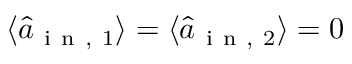
\langle \hat { a } _ { \mathrm { ~ i ~ n ~ , ~ } 1 } \rangle = \langle \hat { a } _ { \mathrm { ~ i ~ n ~ , ~ } 2 } \rangle = 0